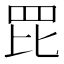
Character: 𦊁